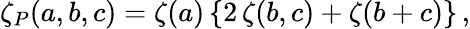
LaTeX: \zeta_{P}(a,b,c)=\zeta(a)\left\{ 2\, \zeta(b,c)+\zeta(b+c)\right\} \, ,